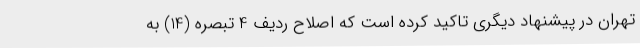
تهران در پیشنهاد دیگری تاکید کرده است که اصلاح ردیف 4 تبصره (14) به